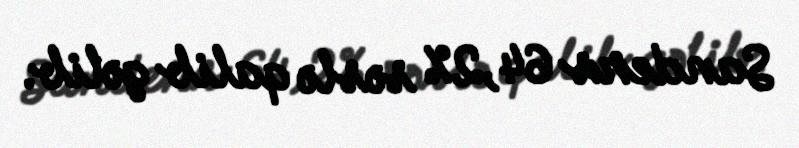
Sanders 64,2% səslə qalib gəlib.